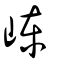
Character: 崠